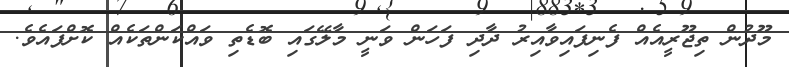
މޫދުން ތިޖޫރީއެއް ފެނިފައިވާއިރު ދާދި ފަހަން ވަނީ މާލޭގައި ބޮޑެތި ވައްކަންތަކެއް ކޮށްފައެވެ.